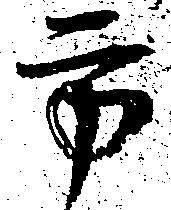
方